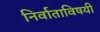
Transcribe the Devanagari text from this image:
निर्वाताविषयी